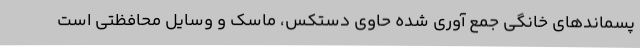
پسماندهای خانگی جمع آوری شده حاوی دستکس، ماسک و وسایل محافظتی است